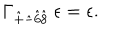
\Gamma _ { \hat { + } \hat { - } \hat { 6 } \hat { 8 } } ~ \epsilon = \epsilon .